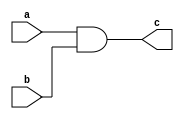

module and_gate (
    input a, b,
    output wire c
);

    assign c = a && b;

endmodule